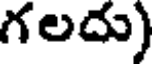
గలదు)